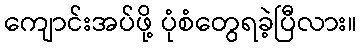
ကျောင်းအပ်ဖို့ ပုံစံတွေရခဲ့ပြီလား။